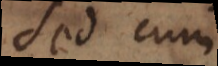
Sed cum